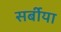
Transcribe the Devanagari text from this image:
सर्बीया